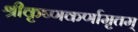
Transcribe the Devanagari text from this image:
श्रीकृष्णकर्णामृतम्